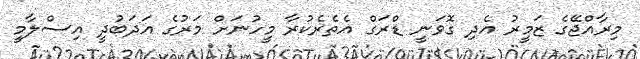
މިރާއްޖޭގެ ޒަމީރު އެދި ގޮވަނީ ޑްރަގް އެތެރެކުރާ މީހުނަށް މަރުގެ އަދަބުދީ އިސްލާމީ